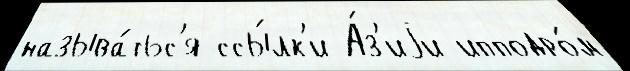
называ́тьс'я ссы́лк'и А́з'иjи ипподро́м